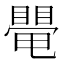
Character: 𥋁